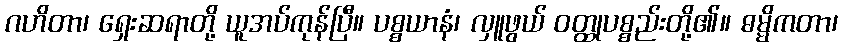
ဂဟိတာ၊ ရှေးဆရာတို့ ယူအပ်ကုန်ပြီ။ ပစ္စယာနံ၊ လှူဖွယ် ဝတ္ထုပစ္စည်းတို့၏။ ဓမ္မိကတာ၊